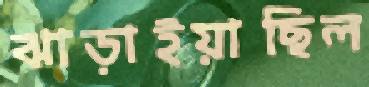
ঝাড়াইয়াছিল